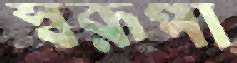
স্বরূপা